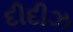
દીદીઝ